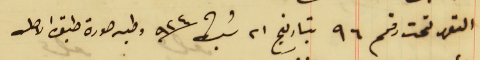
التعهد تحت رقم ٩٦ بتاريخ ٢١ شباط سنة ٩٢٤ وطيه صورة طبق الاصل